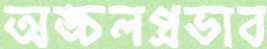
অঙ্চলপ্রভাব